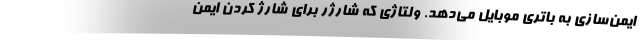
ایمن‌سازی به باتری موبایل می‌دهد. ولتاژی که شارژر برای شارژ کردن ایمن